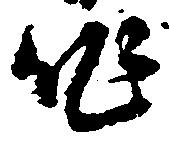
作